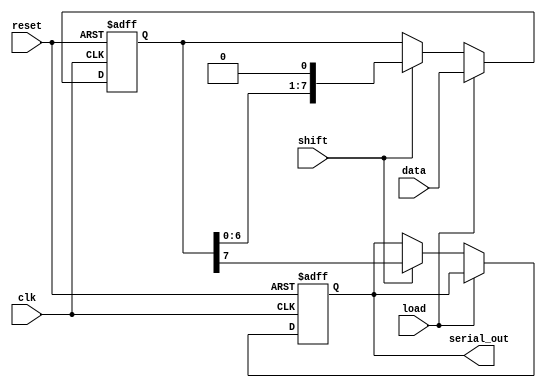
module PISO_Register (
    input wire [7:0] data,      // 8-bit parallel data input
    input wire load,            // Load control signal
    input wire shift,           // Shift control signal
    input wire clk,             // Clock signal
    input wire reset,           // Asynchronous reset signal
    output reg serial_out       // Serial output
);

    reg [7:0] shift_reg;        // Internal 8-bit shift register

    // Asynchronous reset and loading logic
    always @(posedge clk or posedge reset) begin
        if (reset) begin
            shift_reg <= 8'b0;   // Clear the shift register
            serial_out <= 1'b0;  // Clear serial output
        end else if (load) begin
            shift_reg <= data;   // Load data into the shift register
        end else if (shift) begin
            serial_out <= shift_reg[7]; // Output the MSB
            shift_reg <= {shift_reg[6:0], 1'b0}; // Shift left and fill LSB with 0
        end
    end

endmodule